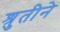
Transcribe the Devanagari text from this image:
श्रुतीने